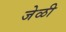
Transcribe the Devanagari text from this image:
जेळी